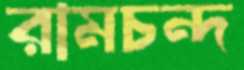
রামচন্দ